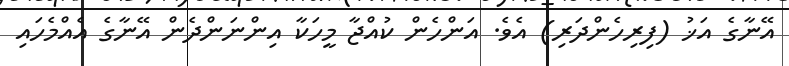
އޭނާގެ އަޚު (ފިރިހެންދަރި) އެވެ. އަންހެން ކުއްޖާ މީހަކާ އިންނަންދެން އޭނާގެ އެއްމެހައި